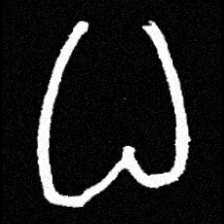
Pyu character \u2014 Myanmar letter: ဓ (romanized: dha)